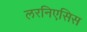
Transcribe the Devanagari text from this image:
लरनिएसिस